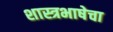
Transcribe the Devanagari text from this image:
शास्त्रभाषेचा